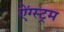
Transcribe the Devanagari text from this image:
ऐंग्स्ट्रम